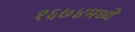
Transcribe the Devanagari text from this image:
१६७४मध्ये